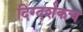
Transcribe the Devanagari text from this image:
दिग्दर्शकच